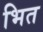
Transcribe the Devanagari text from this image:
भित